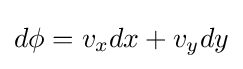
d\phi =v_{x}dx+v_{y}dy